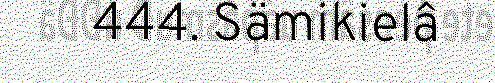
444. Sämikielâ